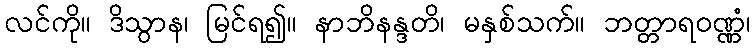
လင်ကို။ ဒိသွာန၊ မြင်ရ၍။ နာဘိနန္ဒတိ၊ မနှစ်သက်။ ဘတ္တာရဝဏ္ဏံ၊